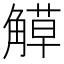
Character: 𧤣